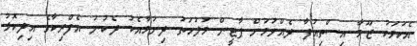
އެކަމަކު ޒޫމާ އިސްތިއުފާ ދެއްވުމަށް ޕާޓީން މުލުހަތު ދިނުމާއެކު ދެކުނު އެފްރިކާގެ އިދިކޮޅު